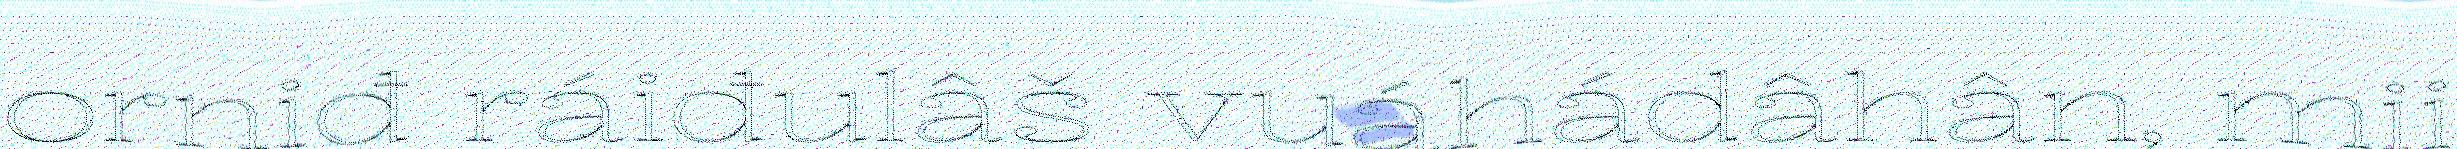
orniđ ráiđulâš vuáhádâhân, mii